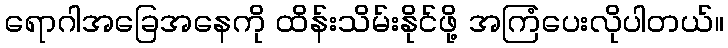
ရောဂါအခြေအနေကို ထိန်းသိမ်းနိုင်ဖို့ အကြံပေးလိုပါတယ်။